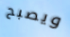
ويصبح